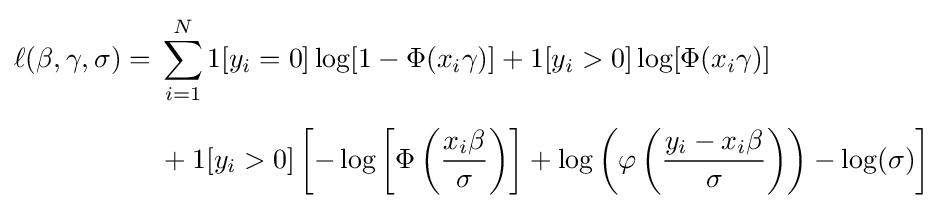
{\begin{aligned}\ell (\beta ,\gamma ,\sigma )={}&\sum _{i=1}^{N}1[y_{i}=0]\log[1-\Phi (x_{i}\gamma )]+1[y_{i}>0]\log[\Phi (x_{i}\gamma )]\\[5pt]&{}+1[y_{i}>0]\left[-\log \left[\Phi \left({\frac {x_{i}\beta }{\sigma }}\right)\right]+\log \left(\varphi \left({\frac {y_{i}-x_{i}\beta }{\sigma }}\right)\right)-\log(\sigma )\right]\end{aligned}}